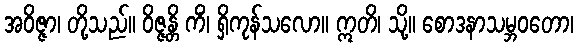
အဝိဇ္ဇာ၊ တို့သည်။ ဝိဇ္ဇန္တိ ကိံ၊ ရှိကုန်သလော။ ဣတိ၊ သို့။ စောဒနာသမ္ဘဝတော၊